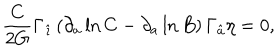
{ \frac { C } { 2 G } } \Gamma _ { \hat { \imath } } \left( \partial _ { a } \ln C - \partial _ { a } \ln B \right) \Gamma _ { \hat { a } } \eta = 0 ,